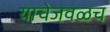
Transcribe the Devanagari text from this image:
याचेजवळच